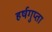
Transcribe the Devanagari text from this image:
हर्षगुप्ता